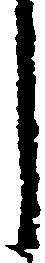
し